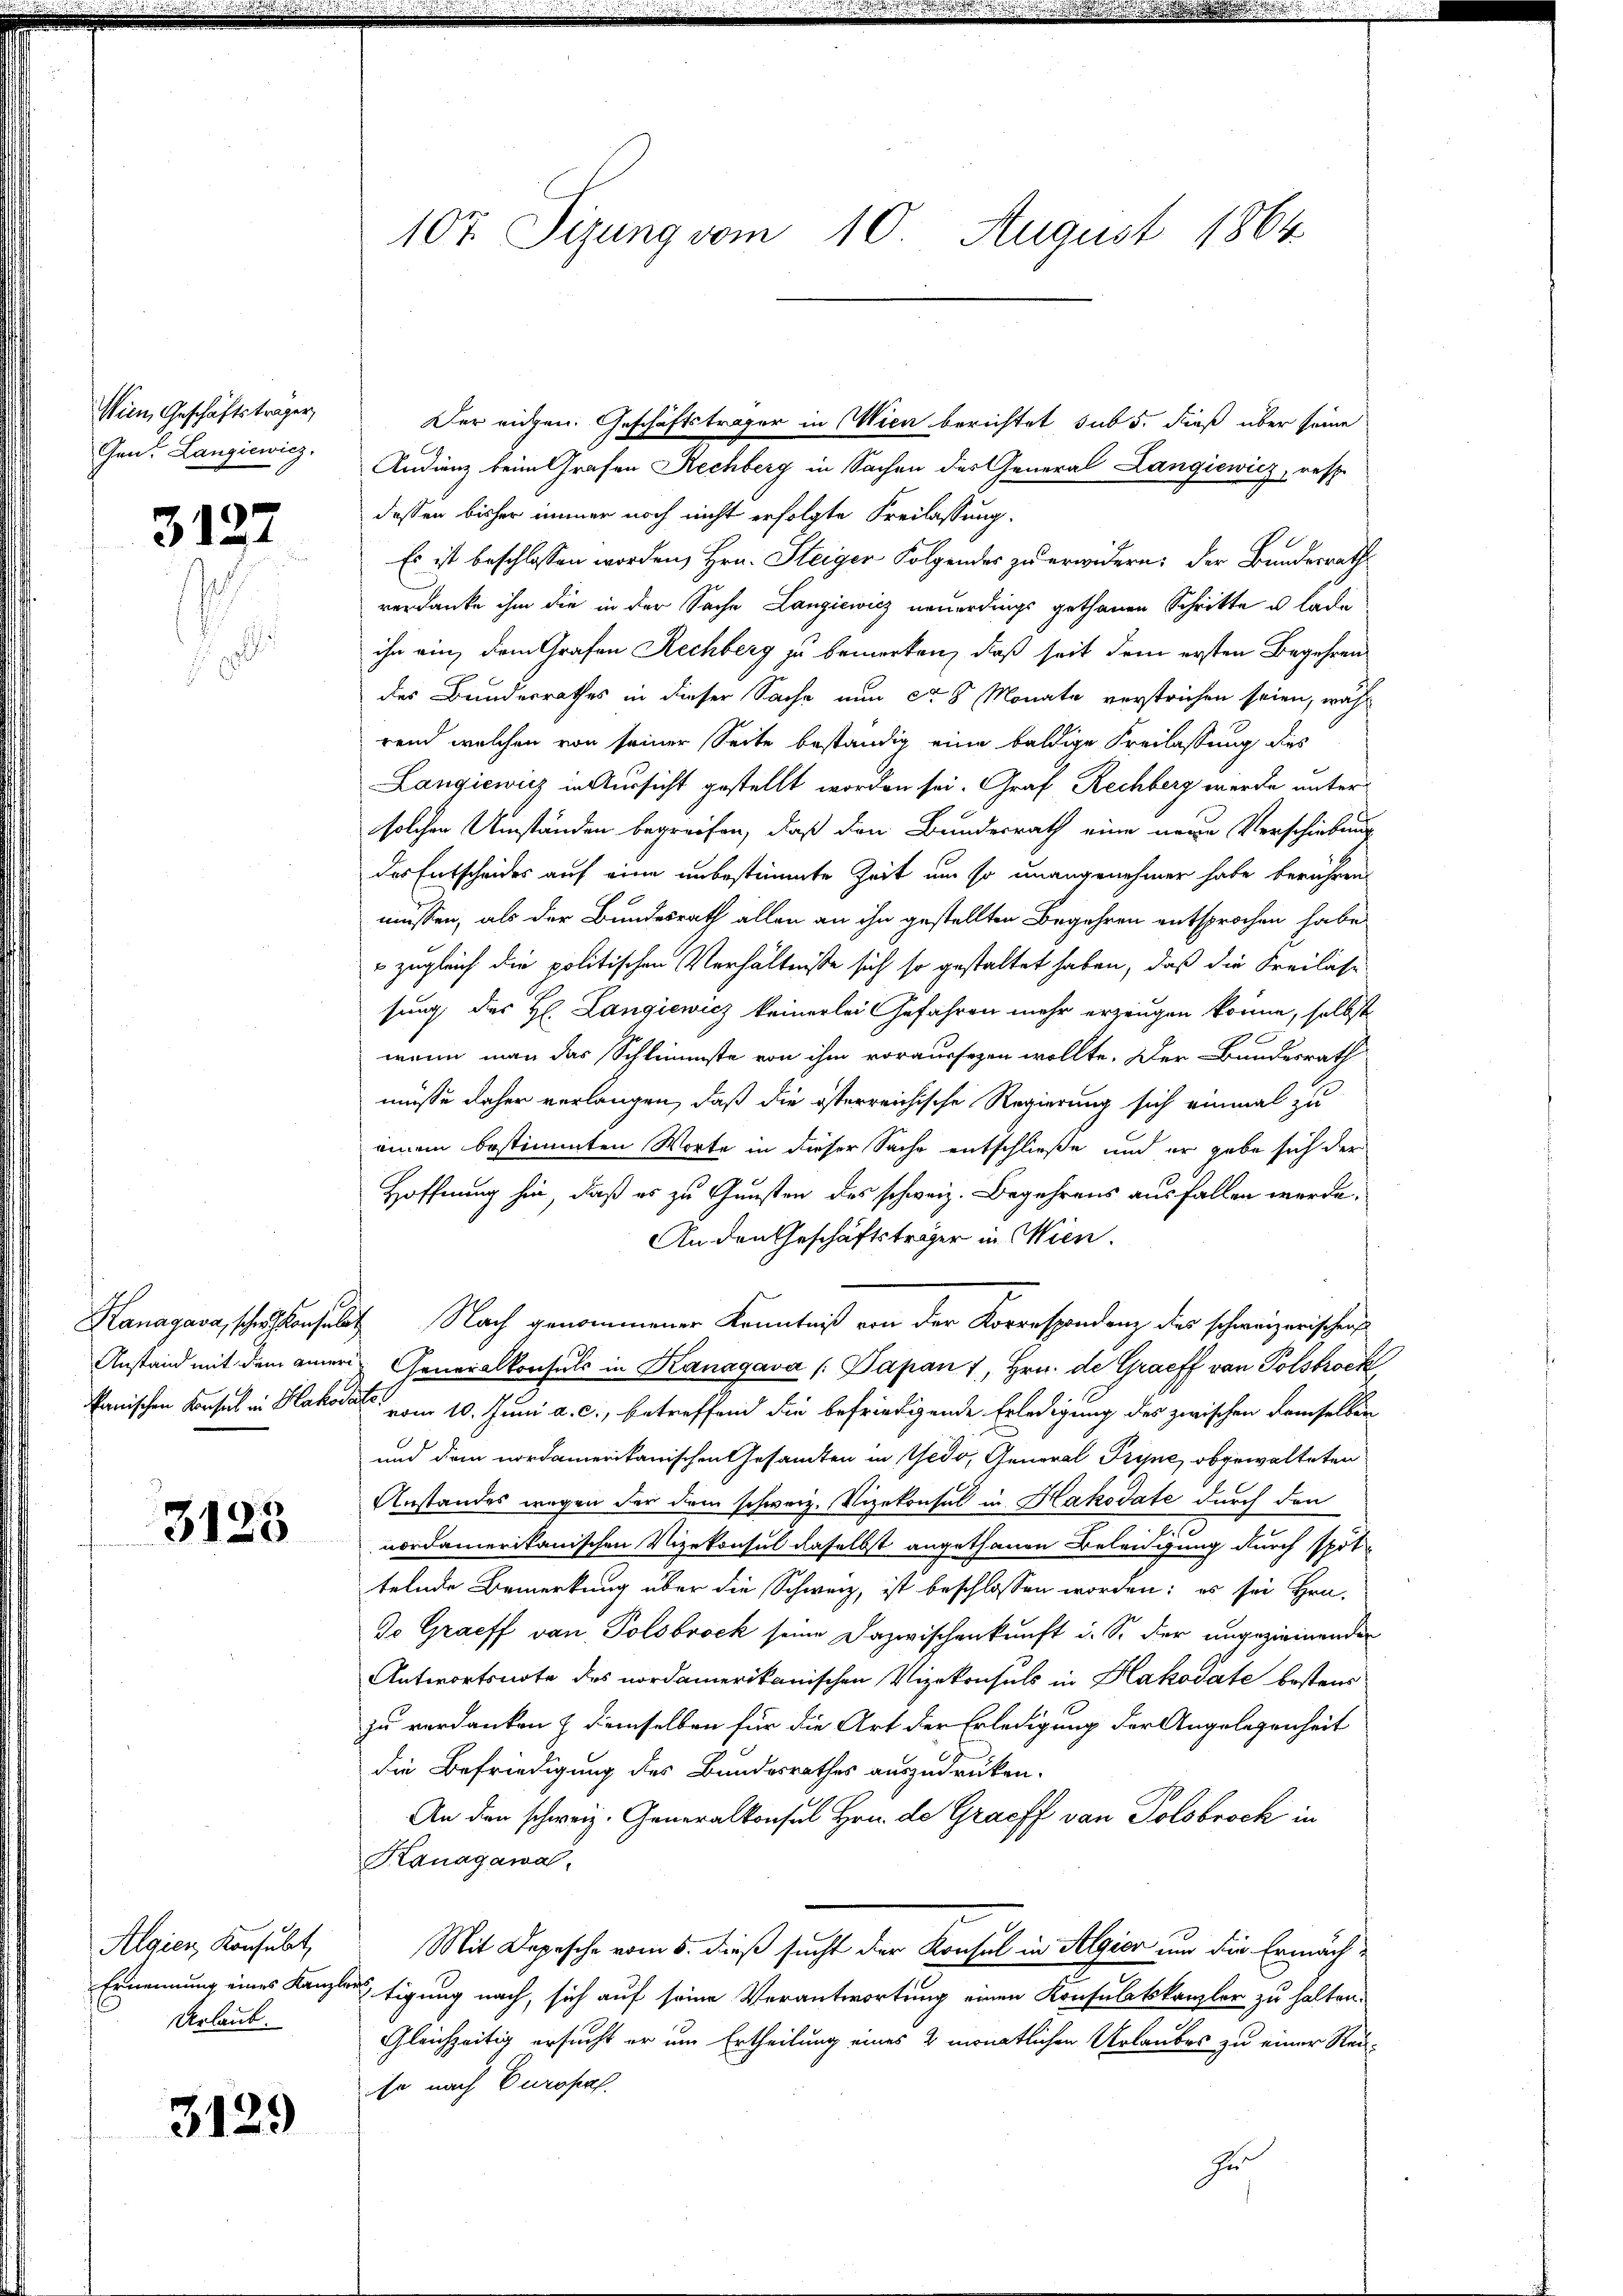
Wien, Geschäftsträger,
Gen. Langiewicz,

3127

Kanagasa, scher Konsula
Anstand mit dem eineri
kanischen Konsul in Hakode

3123

Algien Konsult
Ernennung eines Kanzle
Urlaub.

3129

107. Sizung vom 10. August 1864.

Der eigen. Geschäftsträger in Wien berichtet sub 5. dieß über seine
Audienz beim Grafen Rechberg in Sachen der General Langiewicz, resp.
dessen bisher immer noch nicht erfolgte Freilassung.
Es ist beschlossen worden, Hrn. Steiger Folgendes zu erwidern: der Bundesraths
verdanke ihm die in der Sache Langiewicz neuerdings gethanen Schritte u. lade
ihn ein, dem Grafen Rechberg zu bemerken, daß seit dem ersten Begehren
des Bundesrathes in dieser Sache nun ca 8 Monate verstrichen seien, wähl
rend welchen von seiner Seite beständig eine baldige Freilassung dies
Langiewicz in Aussicht gestellt worden sei. Graf Rechberg werde untersolchen Umständen begreifen, daß den Bundesrath eine neue Verschiebung
des Entscheides auf eine unbestimmte Zeit um so unangenehmen habe berühren,
müssen, als der Bundesrath allen an ihn gestellten Begehren entsprochen habe,
 zugleich die politischen Verhältnisse sich so gestaltet haben, daß die Freilasse
sung des H. Langiewicz keinerlei Gefahren mehr erzeugen könne, selbst
wenn man das Schlimmste von ihm voraussezen wollte. Der Bundesrath
müsse daher verlangen, daß die österreichische Regierung sich einmal zu
einem bestimmten Worte in dieser Sache entschließe und er gabe sich der
Hoffnung hin, daß es zu Gunsten des schweiz. Begehrens ausfallen werde.
An den Geschäftsträger in Wien.
Nach genommener Kenntniß von der Korrespondenz des schweizerischen
Generalkonsuls in Kanagava (Papan 1, Hrn. de Graeff von Polstrock
C vom 10. Juni a. c., betreffend die befriedigende Erledigung des zwischen demselben
und dem nordamerikanischen Gesamten in Gedo, General Prise, obgewalteten
Anstandes wegen der dem schweiz. Vizekonsul in Hakodate durch den
A
nordamerikanischen Vizekonsul daselbst angethanen Beleidigung durch spät-
telnde Bemerkung über die Schweiz, ist beschlossen worden; es sei Hrn.
Jo Graeff von Polsbrock seine Dazwischenkunft u. S. der ungezieinenden
Antwortsnote des nordamerikanischen Vizekonsuls in Hakodate bestens
zu verdanken & demselben für die Art der Erledigung der Angelegenheit
die Befriedigung des Bundesrathes auszudrüken.
An den schweiz. Generalkonsul Hrn. de Graeff von Polobroch in
Kanagawa
Mit Depesche vom 5. dieß sucht der Konsul in Algier und die Ermächtigung nach, sich auf seine Verantwortung einen Konsulatskanzler zu halten.
Gleichzeitig ersucht er um Ertheilung eines 2 monatlichen Urlaubes zu einer Reise nach Europas.
zu